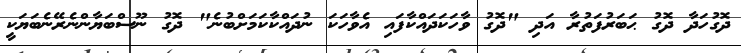
ދޮގުހަދާ ދޮގު ޙަބަރުފަތުރާ އަދި "ދޮގު ވާހަކަދައްކާފައި އެވާހަކަ ނުދައްކާކަމަށްބުނެ" ދޮގު ނޫސްބަޔާންނެރޭނެބަޔަކީ